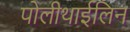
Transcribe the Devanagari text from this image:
पोलीथाईलिन